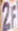
2F